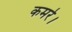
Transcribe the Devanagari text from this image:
कमरे।